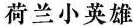
荷兰小英雄